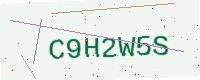
Text: C9H2W5S